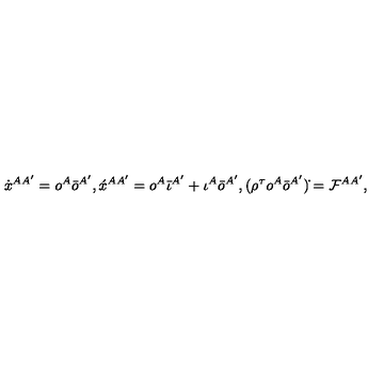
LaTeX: \dot { x } ^ { A A ^ { \prime } } = o ^ { A } \bar { o } ^ { A ^ { \prime } } , \acute { x } ^ { A A ^ { \prime } } = o ^ { A } \bar { \iota } ^ { A ^ { \prime } } + \iota ^ { A } \bar { o } ^ { A ^ { \prime } } , ( \rho ^ { \tau } o ^ { A } \bar { o } ^ { A ^ { \prime } } ) \dot { } = { \cal F } ^ { A A ^ { \prime } } ,